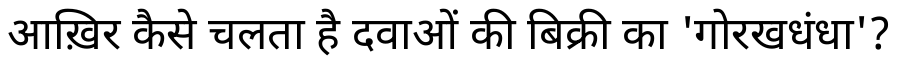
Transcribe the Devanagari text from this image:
आख़िर कैसे चलता है दवाओं की बिक्री का 'गोरखधंधा'?